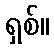
ရှစ်။